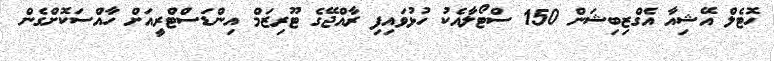
ހޮޓެލް އޭޝިއާ އެގްޒިބިޝަން 150 ސްޓޯލާއެކު ހުޅުވައިފި ރާއްޖޭގެ ޓޫރިޒަމް އިންޑަސްޓްރީއަށް ހާއްސަކޮށްގެން